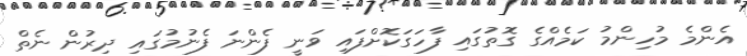
އެންމެ މުހިންމު ކަމެއްގެ ގޮތުގައި ފާހަގަކޮށްފައި ވަނީ ފެންނަ ފެނުމުގައި ދިރުން ނެތް